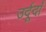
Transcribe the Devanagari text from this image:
उर्दूदाँ